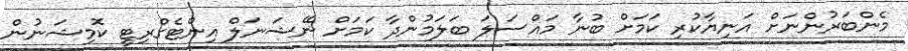
މެންބަރުންނަށް އަނިޔާކުރި ކަމަށް ބުނާ މައްސަލަ ބަލަމުންދާ ކަމަށް ނޭޝަނަލް އިންޓެގްރިޓީ ކޮމިޝަނުން